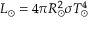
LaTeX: L _ { \odot } = 4 \pi R _ { \odot } ^ { 2 } \sigma T _ { \odot } ^ { 4 }